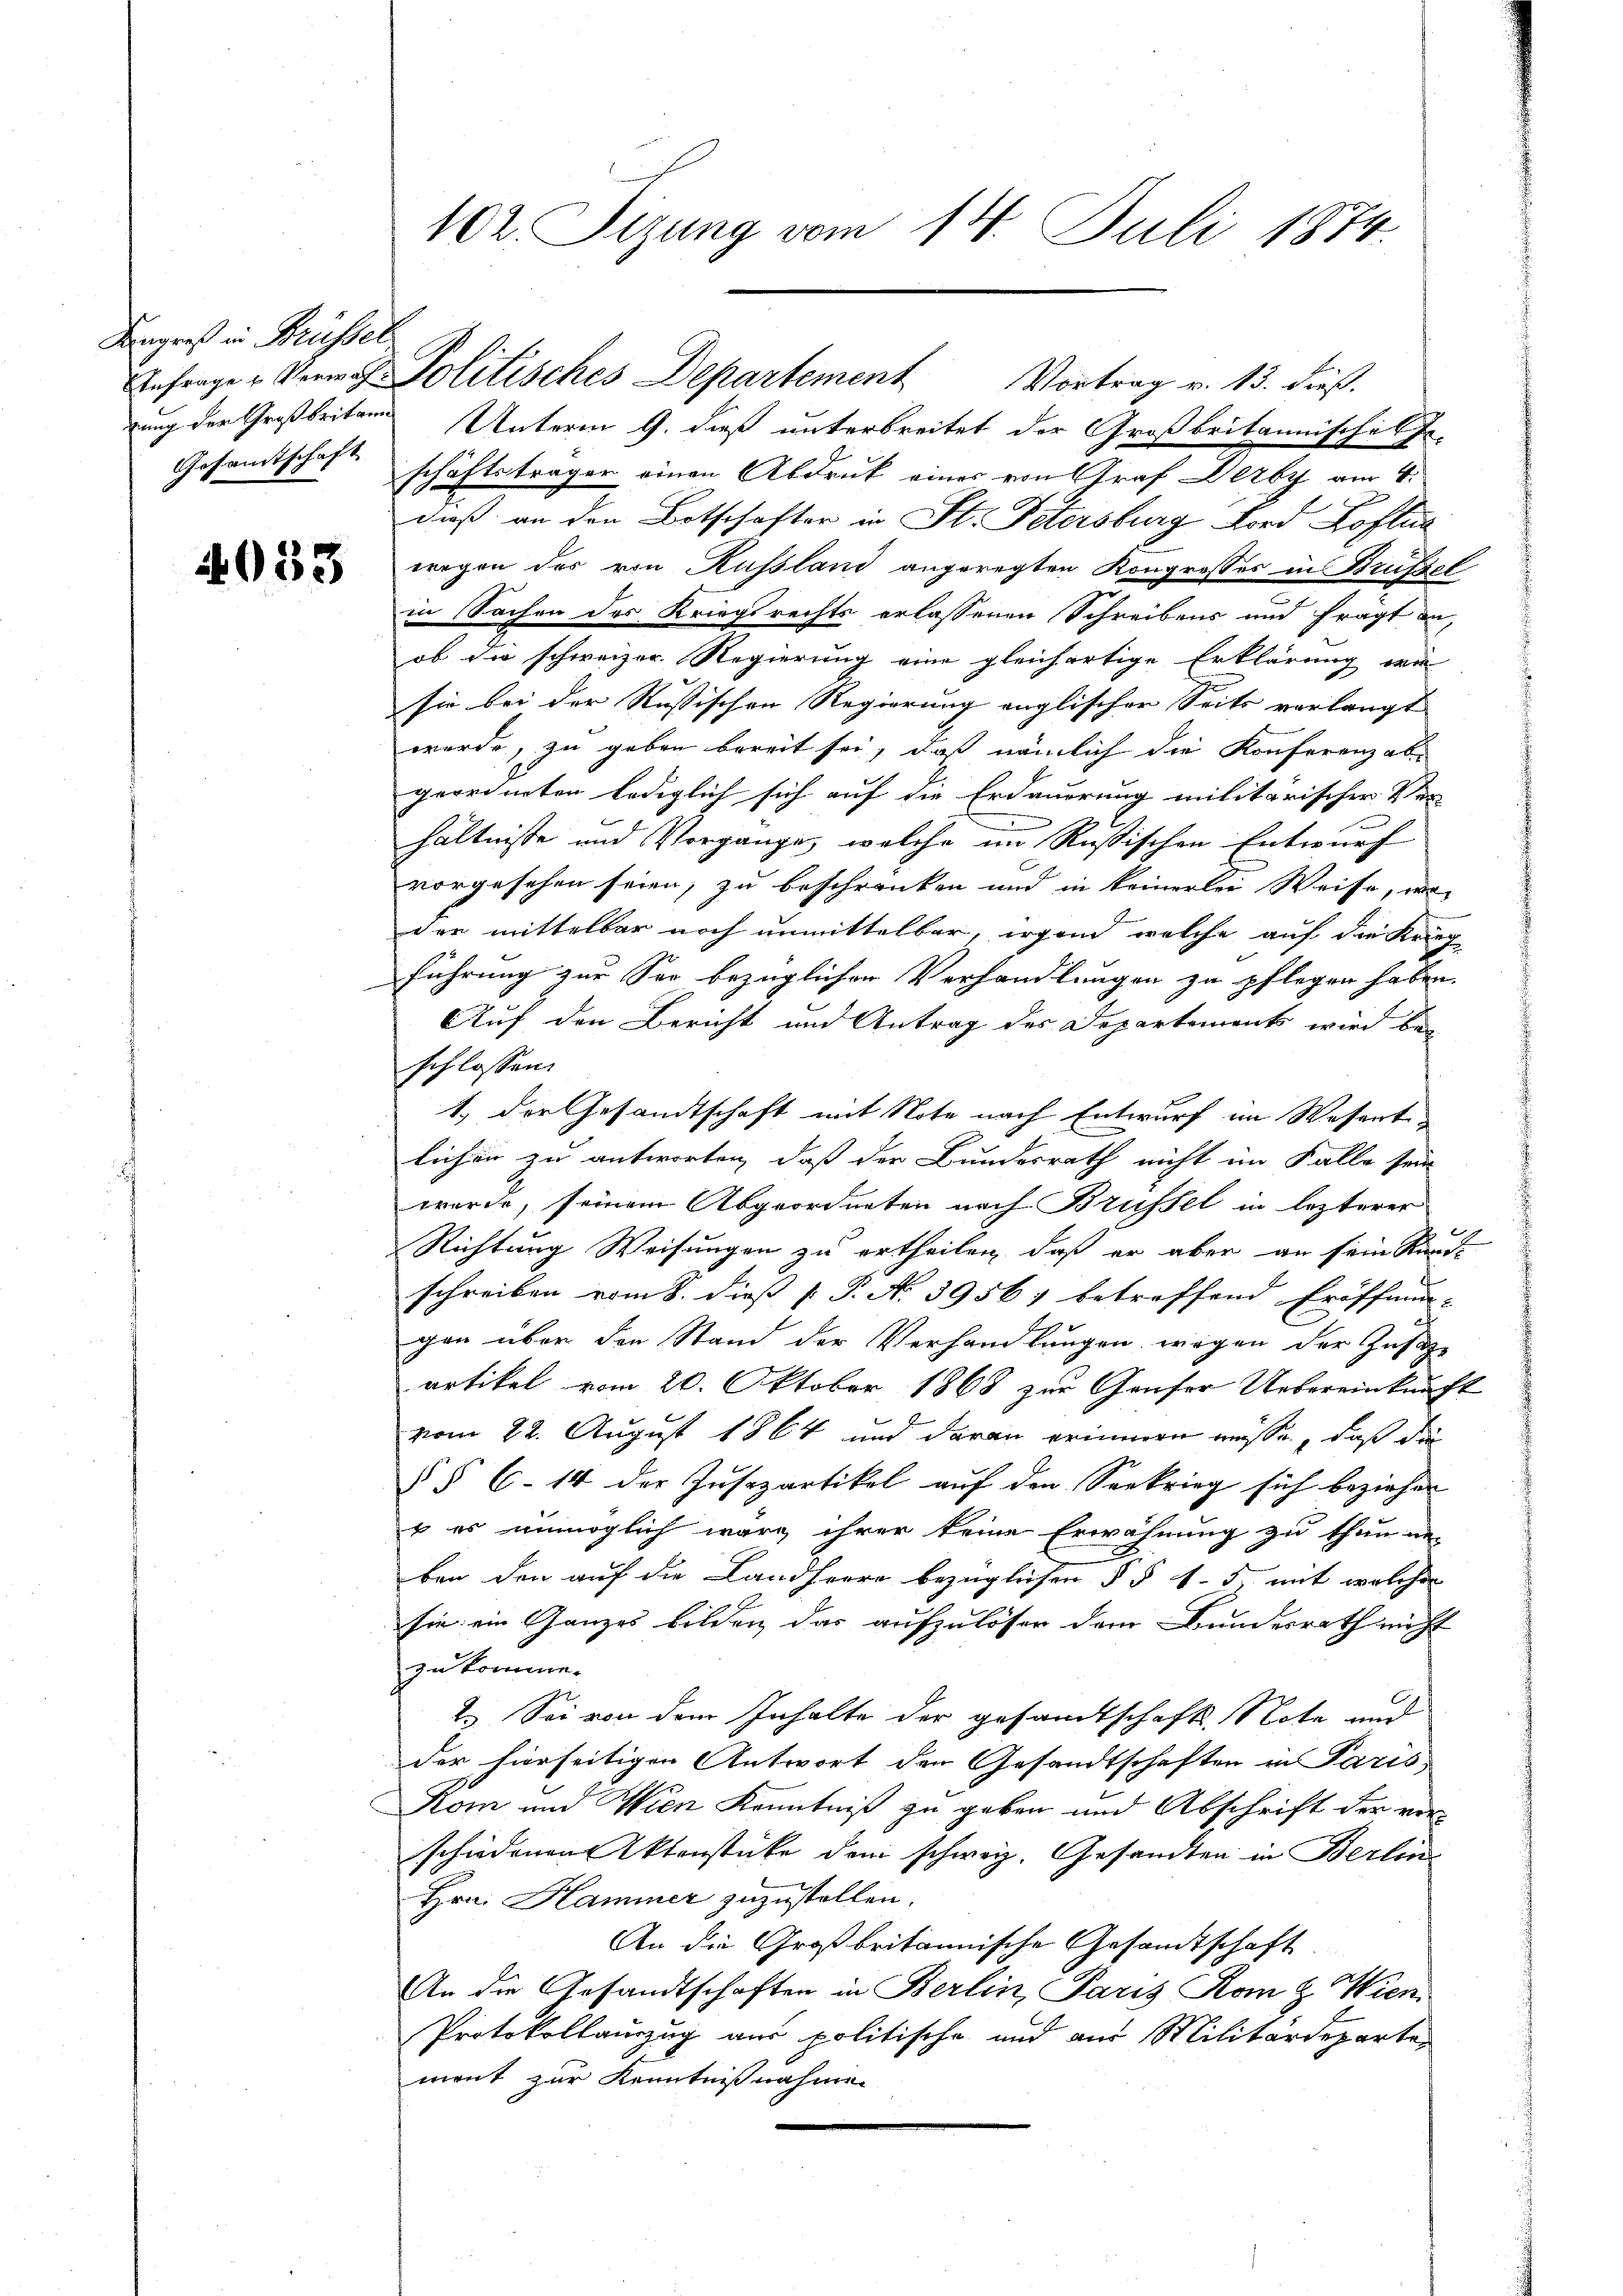
Langreß in Brüssel
gung der Großbritann
Gesandtschaft

4053

102. Sizung vom 14. Juli 1874.

Unterm 9. dieß unterbreitet der Großbritannischek fe-
schäftsträger einen Abdruck eines von Graf Derby am 4.
daß an den Botschafter in St. Petersburg ford Koftua
wegen des von Russland angeregten Kongresses in Brüssel
in Sachen des Kriegsrechts erlassenen Schreibens und fragt an,
ob die schweizer Regierung eine gleichartige Erklärung wie
sie bei der Rußischen Regierung englischer Seits verlangt
wurde, zu geben bereit sei, dass nämlich die Konferenz ab-
geordneten lediglich sich auf die Erdauerung militärischer Ver-
e
hältnisse und Vorgänge, welche in Rußischen Entwurf
vorgesehen seien, zu beschränken und in keinerlei Weise, wo
der mittelbar noch unmittelbar, irgend welche auf die Krieg
führung zur See bezüglichen Verhandlungen zu pflegen haben.
Auf den Bericht und Antrag des Departements wird bei
schlossen.
1.) Der Gesandtschaft mit Note nach Entwurf im Wesent
lichen zu antworten, daß der Bundesrath nicht im Falle sein
wurde, seinem Abgeordneten nach Brüssel in lezterer
x
Richtung Weisungen zu ertheilen, daß er aber an sein Kund-
schreiben vom 8. dieß P. P. N. 3956, betreffend Eröffnun-
gen über den Stand der Verhandlungen wegen der Zustiz-
artikel vom 20. Oktober 1868 zur Gauser Uebereinkunft
vom 22. August 1864 und daran erinnern müsse, daß die
§§ 614 der Jusozartikel auf den Seekrieg sich beziehen
b es unmöglich wäre ihrer keine Erwähnung zu thun un
ben den auf die Landherre bezüglichen § § 15 mit welcher
sie ein Ganzes bilden das aufzulöser dem Bundesrath nicht
zukomme.
2. Sei von dem Inhalte der gesandtschaft Note und
der hierseitigen Antwort den Gesandtschaften in Paris
Kom und Wien Kenntniß zu geben und Abschrift der verschiedenen Aktenstücke dem schweiz. Gesandten in Berlin¬
Hrn. Hammer zuzustellen.
An die Großbritannische Gesandtschaft.
An die Gesandtschaften in Berlin, Paris Rom z. Wien
Protokollauszug aus politische und aus Militärdeparten
ment zur Kenntnißnahmen

Anfragen Vermes Politisches Departement Vortrag v. 13. dieß.